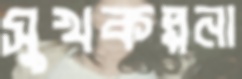
সুখকল্পনা